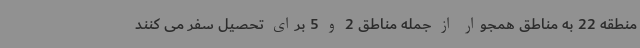
منطقه 22 به مناطق همجوار از جمله مناطق 2 و 5 برای تحصیل سفر می کنند